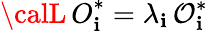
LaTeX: {\calL\, O}_{\mathbf{i}}^{*}=\lambda_{\mathbf{i}}{\cal\, O}_{\mathbf{i}}^{*}